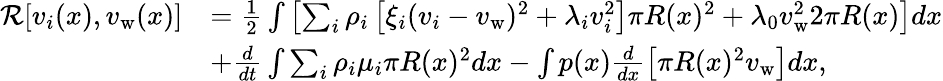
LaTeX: \begin{array}{rl}{\mathcal{R}[v_{i}(x),v_{\mathrm{w}}(x)]}&{=\frac{1}{2}\int\left[\sum_{i}\rho_{i}\left[\xi_{i}(v_{i}-v_{\mathrm{w}})^{2}+\lambda_{i}v_{i}^{2}\right]\pi R(x)^{2}+\lambda_{0}v_{\mathrm{w}}^{2}2\pi R(x)\right]dx}\\ &{+\frac{d}{dt}\int\sum_{i}\rho_{i}\mu_{i}\pi R(x)^{2}dx-\int p(x)\frac{d}{dx}\left[\pi R(x)^{2}v_{\mathrm{w}}\right]dx,}\end{array}